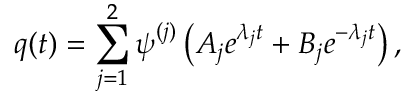
\boldsymbol { q } ( t ) = \sum _ { j = 1 } ^ { 2 } \boldsymbol { \psi } ^ { ( j ) } \left( A _ { j } e ^ { \lambda _ { j } t } + B _ { j } e ^ { - \lambda _ { j } t } \right) ,